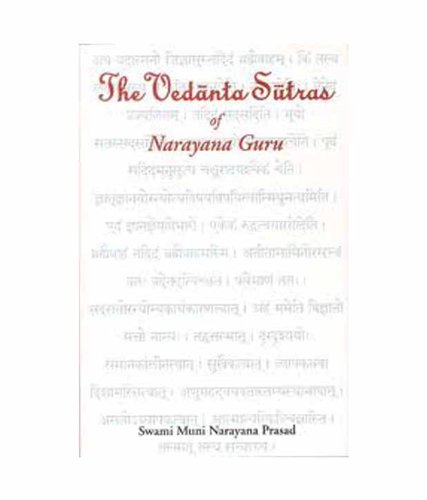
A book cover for The Vedanta Sutras of Narayana Guru; Religion & Spirituality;